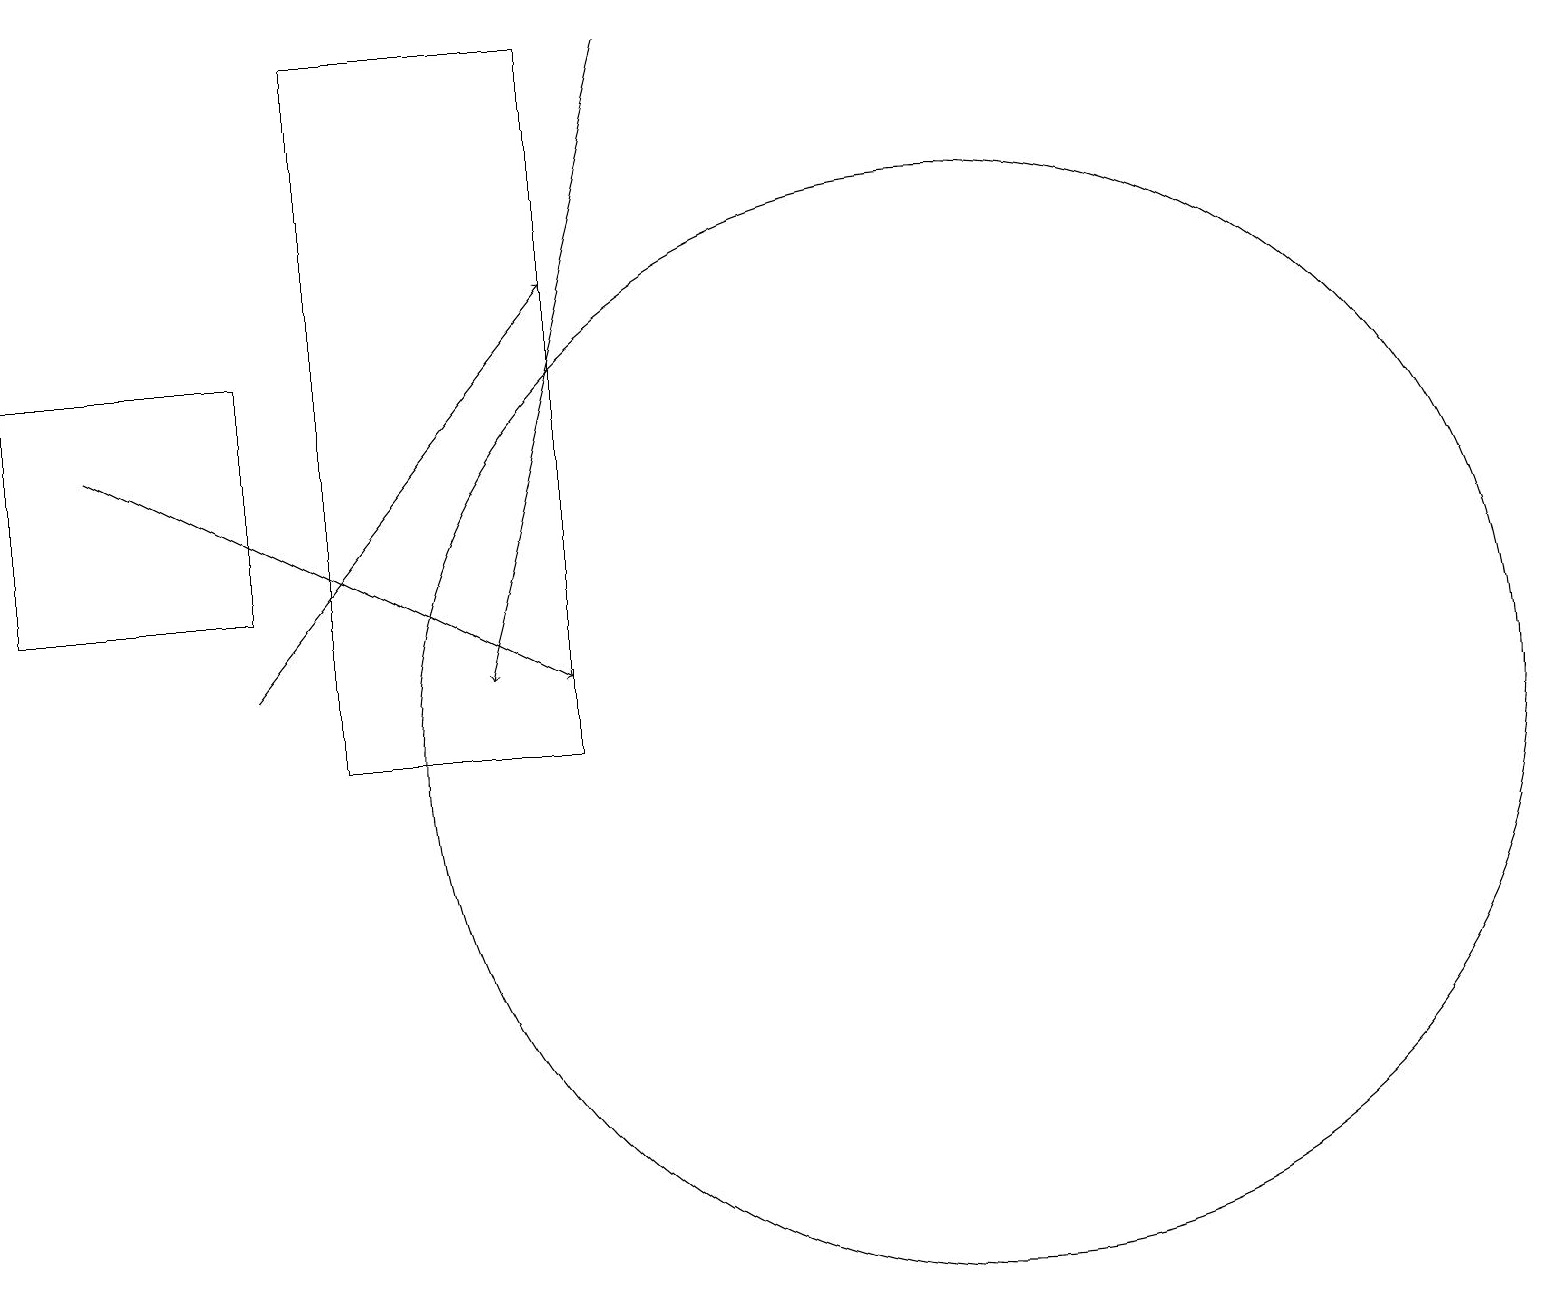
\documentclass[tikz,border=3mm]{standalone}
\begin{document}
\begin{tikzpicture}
\draw (3,15) rectangle (0,12);
\draw (7,10) rectangle (4,19);
\draw (12,10) circle (7);
\draw[->] (3,11) -- (7,16);
\draw[->] (8,19) -- (6,11);
\draw[->] (1,14) -- (7,11);
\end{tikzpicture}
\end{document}